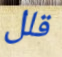
قلل